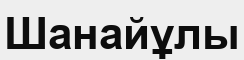
Шанайұлы